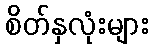
စိတ်နှလုံးများ